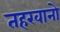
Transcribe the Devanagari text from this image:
तहखानो